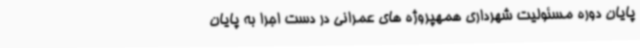
پایان دوره مسئولیت شهرداری همهپروژه های عمرانی در دست اجرا به پایان